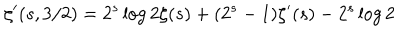
LaTeX: \zeta ^ { \prime } ( s , 3 / 2 ) = 2 ^ { s } \log 2 \zeta ( s ) + ( 2 ^ { s } - 1 ) \zeta ^ { \prime } ( s ) - 2 ^ { s } \log 2